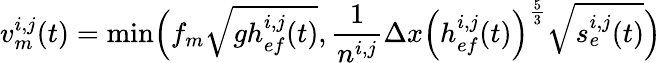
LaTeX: v_{m}^{i,j}(t)=\operatorname*{min}\Bigl(f_{m}\sqrt{gh_{ef}^{i,j}(t)},\frac{1}{n^{i,j}}\Delta x\Bigl(h_{ef}^{i,j}(t)\Bigr)^{\frac{5}{3}}\sqrt{s_{e}^{i,j}(t)}\Bigr)